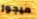
ميجور